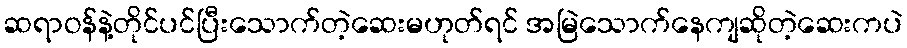
ဆရာဝန်နဲ့တိုင်ပင်ပြီးသောက်တဲ့ဆေးမဟုတ်ရင် အမြဲသောက်နေကျဆိုတဲ့ဆေးကပဲ